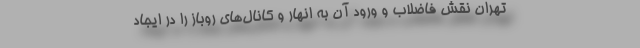
تهران نقش فاضلاب و ورود آن به انهار و کانال‌های روباز را در ایجاد